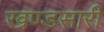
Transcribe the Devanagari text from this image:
खण्डसारी